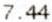
7.44